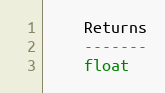
Language: Python
    Returns
    -------
    float